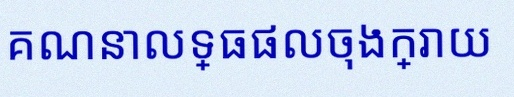
គណនាលទ្ធផលចុងក្រោយ